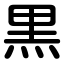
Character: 黒